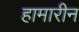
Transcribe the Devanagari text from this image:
हामारीन